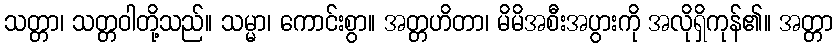
သတ္တာ၊ သတ္တဝါတို့သည်။ သမ္မာ၊ ကောင်းစွာ။ အတ္တဟိတာ၊ မိမိအစီးအပွားကို အလိုရှိကုန်၏။ အတ္တာ